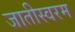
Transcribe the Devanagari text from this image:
जातीस्वरम